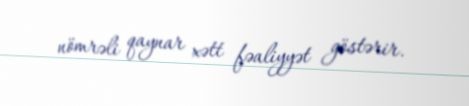
nömrəli qaynar xətt fəaliyyət göstərir.